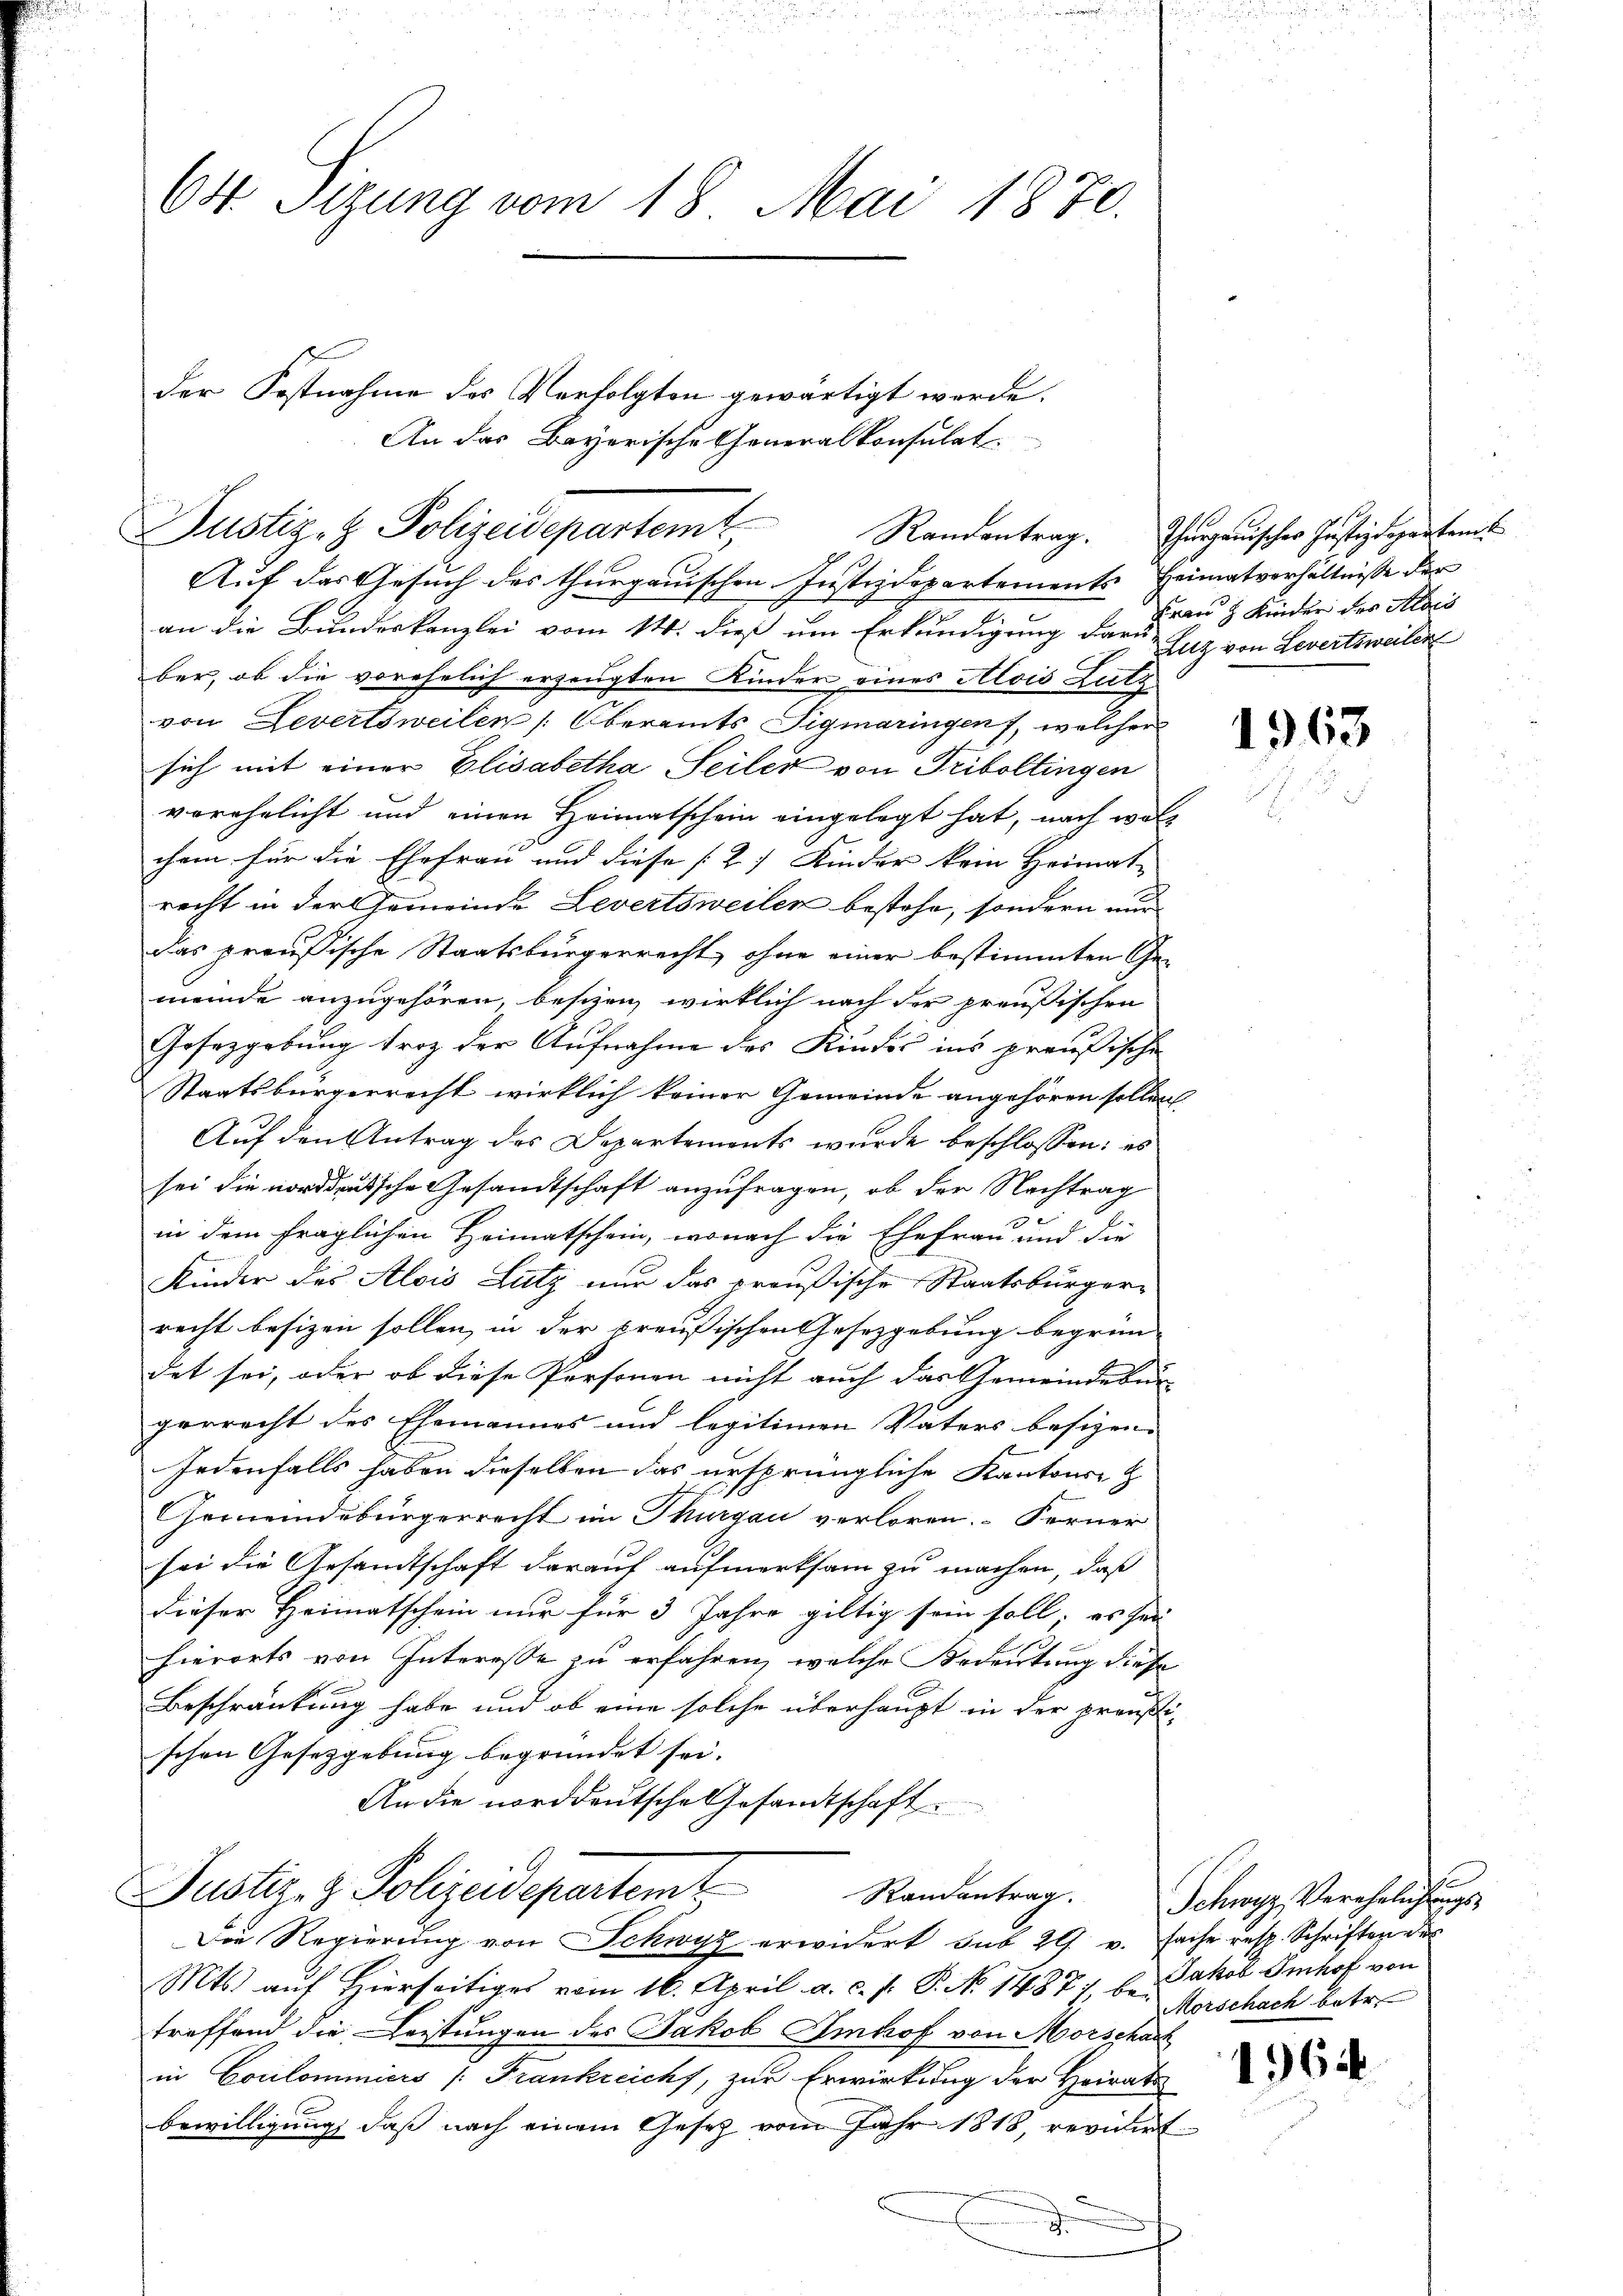
64 Sizung vom 18. Mai 1870.

Auf das Gesuch des thurgauischen Justizdepartements Heimatverhältnisse der
an die Bundeskanzlei vom 14. dieß um Erkundigung der den 5 Kinder des Alois
ber, ob die vorehelich erzeugten Kinder eines Alois Lutz
von Levertsweilen (Oberamts Sigmaringen, welcher
sich mit einer Elisabetha Seiler von Triboltingen
verehelicht und einen Heimatschein eingelegt hat, nach welc
chem für die Ehefrau und diese [2) Kinder kein Heimat,
recht in der Gemeinde Levertsweilen bestehe, sondern nur
das preußische Staatsbürgerrecht, ohne einer bestimmten Ge-
meinde anzugehören, beschen, wirklich nach der preußischen
Gesetzgebung trotz der Aufnahme des Kindes ins preußische
Staatsbürgerrecht wirklich keiner Gemeinde angehören sollen.
Auf den Antrag des Departements wurde beschlossen; es
sei die norddeutsche Gesandtschaft anzufragen, ob der Nachtrag
1
in dem fraglichen Heimatschein, wonach die Ehefrau und die
Kinder des Alois Lutz nur das preußische Staatsbürger-
recht besizen sollen, in der preußischen Gesetzgebung begrün-
det sei, oder ob diese Personen nicht auch das Gemeindebür
gerrecht des Ehemannes und legitimen Väters besizen,
Jedenfalls haben dieselben das ursprüngliche Kantons Z
Gemeindebürgerrecht im Thurgau verloren. Ferner
sei die Gesandtschaft darauf aufmerksam zu machen, daß
dieser Heimatschein nur für 3 Jahre giltig sein soll; es sei
hierorts von Interesse zu erfahren, welche Bedeutung diese
Beschränkung habe und ob eine solche überhaupt in der preußischen Gesetzgebung begründet sei.
An die norddeutsche Gesandtschaft
Justiz- & Polizeidepartemt
Randantrag.
Die Regierung von Schwyz erwidert sub 29. v. fache resp. Schriften des
Mts. auf Hierseitiges vom 16. April a. c. s. P. No 14871, b. Jakob Imhof von
treffend die Leistungen des Jakob Imhof von Morschach
in Coulommniers (Frankreich, zur Erwirkung der Heirats
n
bewilligung, daß nach einem Gesetz vom Jahr 1818, revidirt
.

Justiz- & Polizeidepartemt

der Postnahme des Verfolgten gewärtigt werde.
An das Bayerische Generalkonsulat.

Randantrag. Thurgauisches Justizdepartent
Zuz von Levertsweiler

1963

Schwyz, Verehelichungs
Morschach betr.

1964